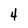
Character: 4